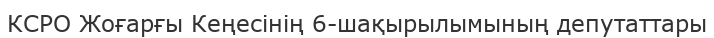
КСРО Жоғарғы Кеңесінің 6-шақырылымының депутаттары